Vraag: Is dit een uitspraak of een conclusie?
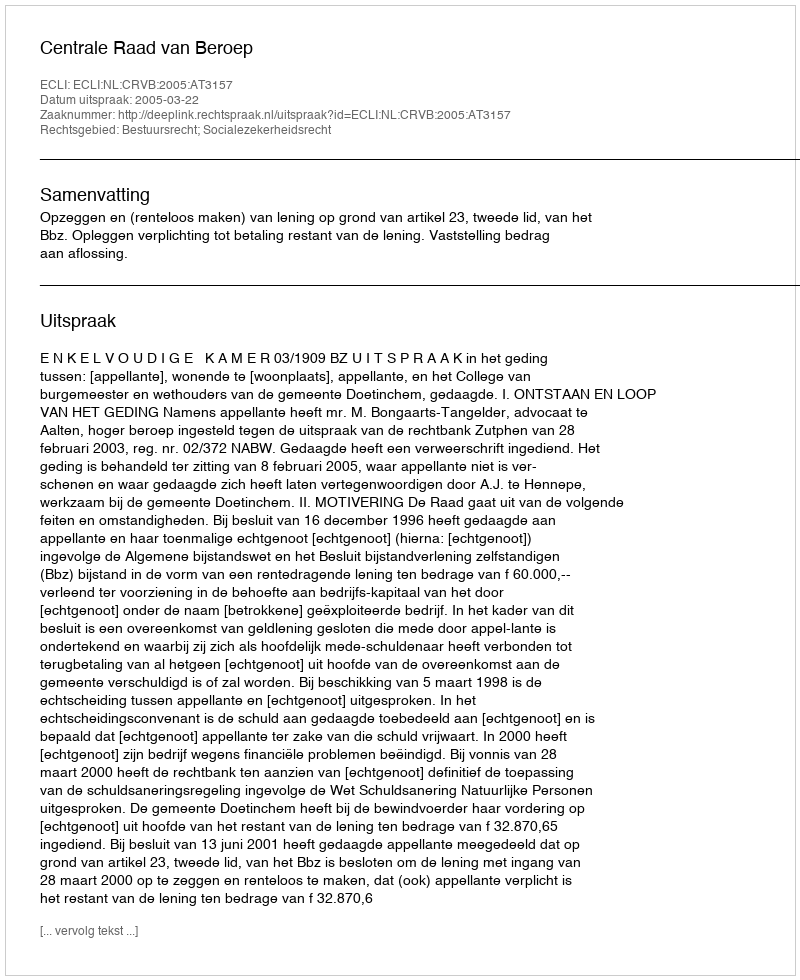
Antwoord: Uitspraak